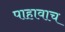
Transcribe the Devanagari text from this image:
पाहावाच